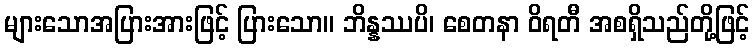
များသောအပြားအားဖြင့် ပြားသော။ ဘိန္နဿပိ၊ စေတနာ ဝိရတီ အစရှိသည်တို့ဖြင့်